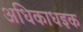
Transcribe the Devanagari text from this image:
अधिकाधइक